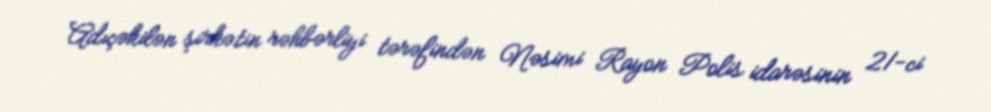
Adıçəkilən şirkətin rəhbərliyi tərəfindən Nəsimi Rayon Polis idarəsinin 21-ci